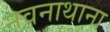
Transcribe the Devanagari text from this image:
नवनाथाना